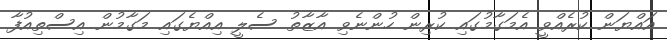
އައްޔަން ކުރެއްވީ އެމަގާމުގައި ކުރިން ހުންނެވި އާޒާތު ސެލީ އިއްޔެގައި މަގާމުން އިސްތިއުފާ